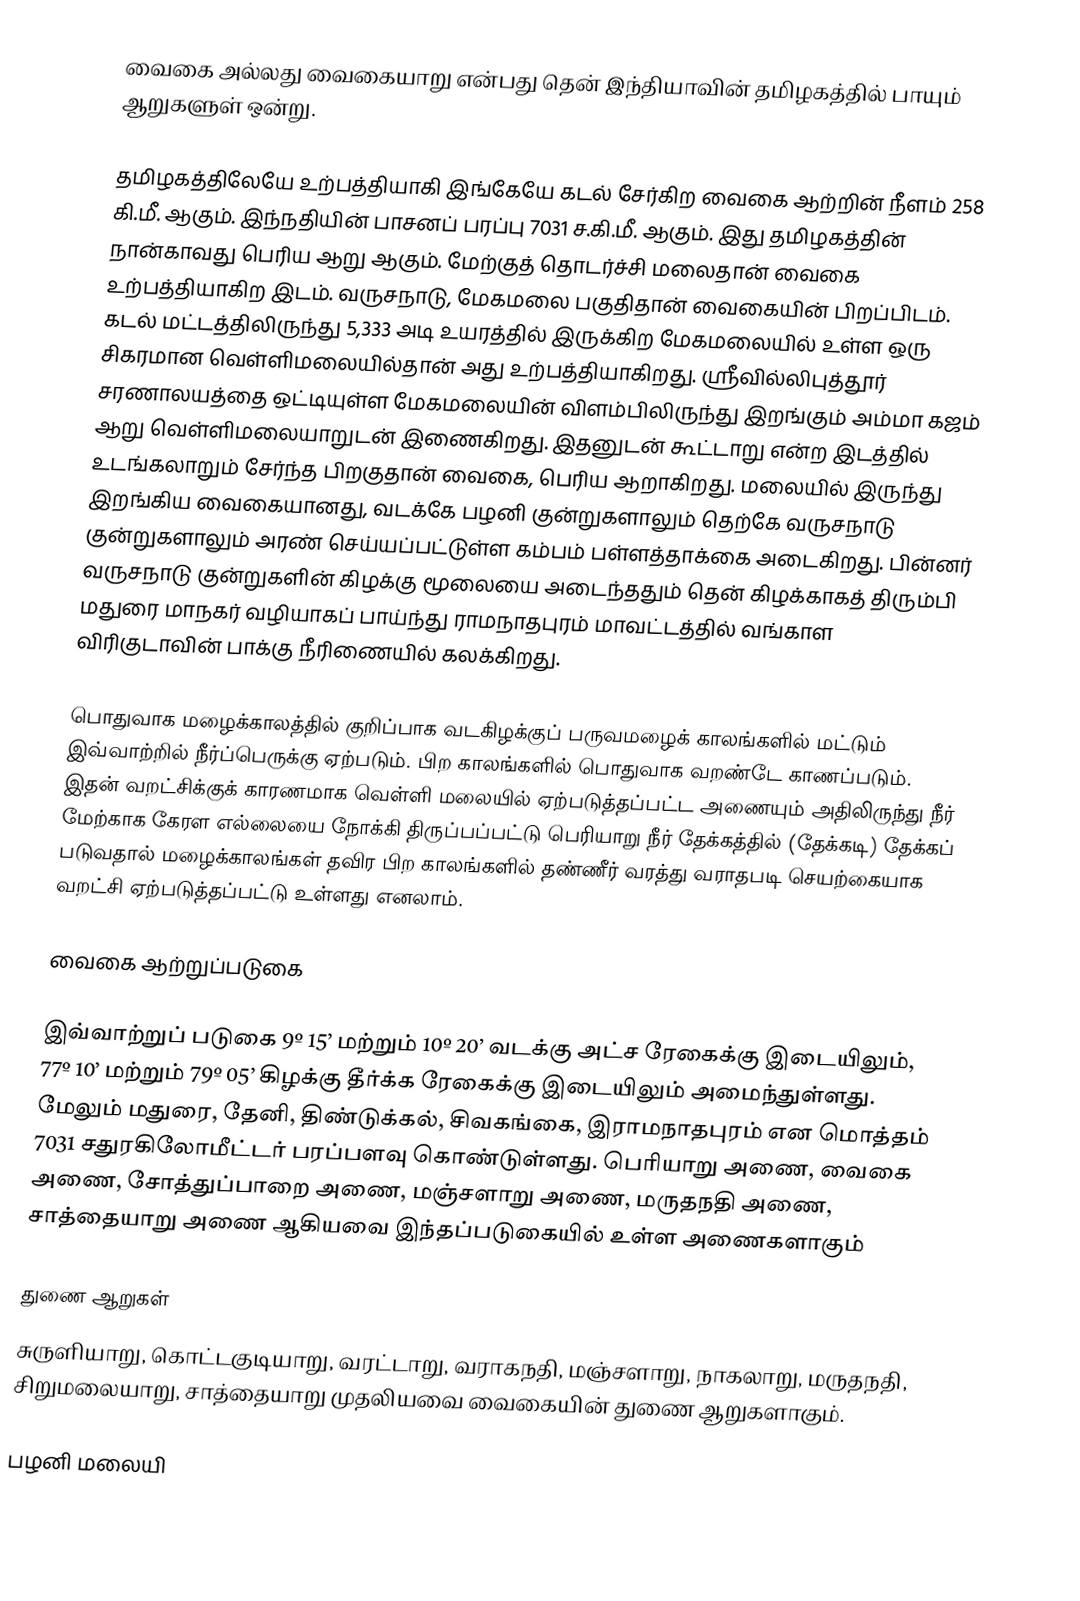
வைகை அல்லது வைகையாறு என்பது தென் இந்தியாவின் தமிழகத்தில் பாயும் ஆறுகளுள் ஒன்று.

தமிழகத்திலேயே உற்பத்தியாகி இங்கேயே கடல் சேர்கிற வைகை ஆற்றின் நீளம் 258 கி.மீ. ஆகும். இந்நதியின் பாசனப் பரப்பு 7031 ச.கி.மீ. ஆகும். இது தமிழகத்தின் நான்காவது பெரிய ஆறு ஆகும். மேற்குத் தொடர்ச்சி மலைதான் வைகை உற்பத்தியாகிற இடம். வருசநாடு, மேகமலை பகுதிதான் வைகையின் பிறப்பிடம். கடல் மட்டத்திலிருந்து 5,333 அடி உயரத்தில் இருக்கிற மேகமலையில் உள்ள ஒரு சிகரமான வெள்ளிமலையில்தான் அது உற்பத்தியாகிறது. ஸ்ரீவில்லிபுத்தூர் சரணாலயத்தை ஒட்டியுள்ள மேகமலையின் விளம்பிலிருந்து இறங்கும் அம்மா கஜம் ஆறு வெள்ளிமலையாறுடன் இணைகிறது. இதனுடன் கூட்டாறு என்ற இடத்தில் உடங்கலாறும் சேர்ந்த பிறகுதான் வைகை, பெரிய ஆறாகிறது.  மலையில் இருந்து இறங்கிய வைகையானது, வடக்கே பழனி குன்றுகளாலும் தெற்கே வருசநாடு குன்றுகளாலும் அரண் செய்யப்பட்டுள்ள கம்பம் பள்ளத்தாக்கை அடைகிறது. பின்னர் வருசநாடு குன்றுகளின் கிழக்கு மூலையை அடைந்ததும் தென் கிழக்காகத் திரும்பி மதுரை மாநகர் வழியாகப் பாய்ந்து ராமநாதபுரம் மாவட்டத்தில் வங்காள விரிகுடாவின் பாக்கு நீரிணையில் கலக்கிறது.

பொதுவாக மழைக்காலத்தில் குறிப்பாக வடகிழக்குப் பருவமழைக் காலங்களில் மட்டும் இவ்வாற்றில் நீர்ப்பெருக்கு ஏற்படும். பிற காலங்களில் பொதுவாக வறண்டே காணப்படும். இதன் வறட்சிக்குக் காரணமாக வெள்ளி மலையில் ஏற்படுத்தப்பட்ட அணையும் அதிலிருந்து நீர் மேற்காக கேரள எல்லையை நோக்கி திருப்பப்பட்டு பெரியாறு நீர் தேக்கத்தில் (தேக்கடி) தேக்கப் படுவதால் மழைக்காலங்கள் தவிர பிற காலங்களில் தண்ணீர் வரத்து வராதபடி செயற்கையாக வறட்சி ஏற்படுத்தப்பட்டு உள்ளது எனலாம்.

வைகை ஆற்றுப்படுகை

இவ்வாற்றுப் படுகை 9º 15’ மற்றும் 10º 20’ வடக்கு அட்ச ரேகைக்கு இடையிலும், 77º 10’ மற்றும் 79º 05’ கிழக்கு தீர்க்க ரேகைக்கு இடையிலும் அமைந்துள்ளது. மேலும் மதுரை, தேனி, திண்டுக்கல், சிவகங்கை, இராமநாதபுரம் என மொத்தம் 7031 சதுரகிலோமீட்டர் பரப்பளவு கொண்டுள்ளது. பெரியாறு அணை, வைகை அணை, சோத்துப்பாறை அணை, மஞ்சளாறு அணை, மருதநதி அணை, சாத்தையாறு அணை ஆகியவை இந்தப்படுகையில் உள்ள அணைகளாகும்

துணை ஆறுகள்
சுருளியாறு, கொட்டகுடியாறு, வரட்டாறு, வராகநதி, மஞ்சளாறு, நாகலாறு, மருதநதி, சிறுமலையாறு, சாத்தையாறு முதலியவை வைகையின் துணை ஆறுகளாகும்.

பழனி மலையி